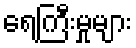
ရေကြီးမှုများ